Cholera in India, 1862 to 1881
Year: 1862
Disease focus: Cholera
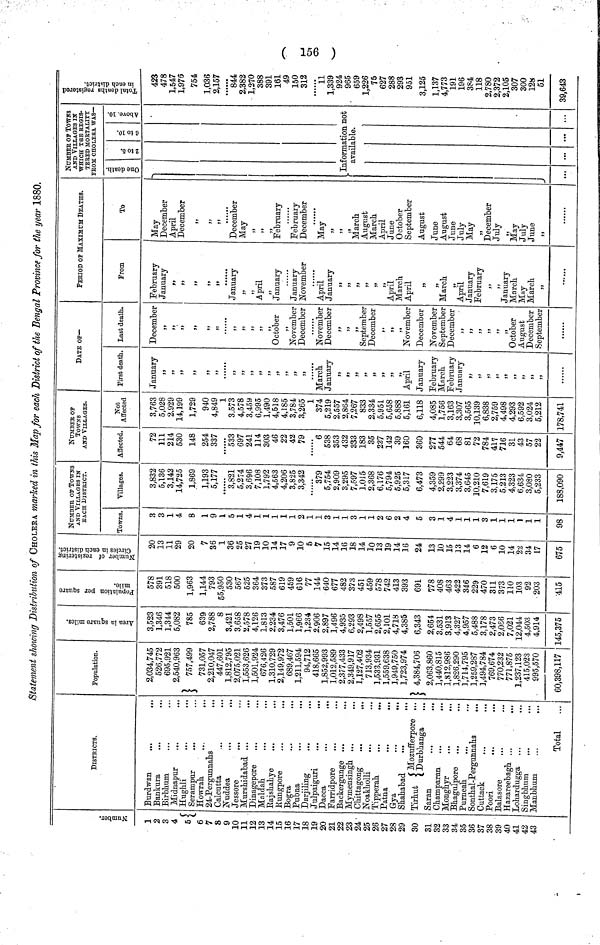
( 156 )
Statement showing Distribution of CHOLERA marked in this Map for each District of the Bengal Province for the year 1880.
Number.
1
2
3
4
5
6
7
8
9
10
11
12
13
14
15
16
17
18
19
20
21
22
23
24
25
26
27
28
29
30
31
32
33
34
35
36
37
38
39
40
41
42
43
DISTRICTS.
Burdwan
...
...
Bankura
Birbhum
Midnapur
Hughli
Serampur
Howrah
24-Pergunnahs
Calcutta
Nuddea
Jessore
...
Murshidabad ...
Dinagepore
Maldah
Rajshahye
Rungpore
Bogra
Pubna
Darjiling
Julpaiguri
...
Dacca
Farridpore
Backergunge ...
Mymensingh ...
Chittagong
Noakholli
Tipperah
...
Patna
...
Gya
Shahabad
Tirhut {Mozufferpore
Durbhanga
Saran
Cliamparan
...
Monghyr
...
Bhagulpore
Purneah
Sonthal-Pergunnahs
Cuttack
Poori
...
Balasore
Hazareebagh ...
Lohardugga
Singbhum
Manbhum
Total
Population.
2,034,745
526,772
695,921
2,540,963
757,499
731,057
2,210,047
447,601
1,812,795
2,075.021
1,553,626
1,501,924
676,426
1,310,729
2,149,972
689,467
1,211,594
94,712
418,665
1,852,993
1,012,589
2,377,433
2,349,917
1,127,402
713,934
1,533,931
1,559,638
1,949,750
1,723,974
} 4,384,706
2,063,860
1,440,815
1,812,986
1,826,290
1,714,795
1,259,287
1,494,784
769,674
770,232
771,875
1,237,123
415,023
995,570
60,398,117
Area in
square miles.
3,523
1,346
1,344
5,082
785
639
2,788
8
3,421
3,658
2,578
4,126
1,813
2,234
3,476
1,501
1,966
1,234
2.906
2,897
1,496
4,935
6,293
2,498
1,557
2,655
2,101
4,718
4,385
6,343
2,654
3,531
3,913
4,327
4,957
5,488
3,178
2,473
2,066
7,021
12,044
4,503
4,914
145,375
Population per square
miles.
578
391
518
500
1,963
1,144
793
55,950
530
567
525
364
373
587
619
459
616
77
144
640
677
482
373
451
459
578
742
413
393
691
778
408
463
422
346
229
470
311
373
110
103
92
203
415
Number of
registering Circles in each
district.
20
13
11
29
20
7
36
1
36
25
27
19
10
14
17
9
10
5
7
15
14
16
18
14
10
13
19
14
16
24
13
10
15
13
14
6
12
6
10
14
22
34
17
675
NUMBER OF TOWNS
AND VILLAGES IN
EACH DISTRICT.
Towns.
3
3
1
4
8
1
9
1
5
1
4
1
1
1
1
1
2
1
1
3
1
1
3
1
1
2
6
2
4
5
3
1
4
1
1
1
3
1
1
1
1
1
1
98
Tillages.
3,832
5,136
3,142
14,725
1,869
1,193
5,177
3,821
5,274
3,696
7,108
1,792
4,563
4,206
3,825
3,342
379
5,754
2,909
3,295
7,597
1,015
2,368
6,176
5,794
5,925
5,317
6,473
4,359
2,299
3,223
3,374
3,645
10,210
7,619
3,175
5.213
4,323
6,634
3,080
5,233
188,090
NUMBER OF
TOWNS
AND VILLAGES.
Affected.
72
111
214
530
148
254
337
"533
697
241
114
303
46
22
42
79
6
538
353
432
333
183
35
227
142
39
160
360
277
544
64
68
81
72
784
417
716
31
43
57
22
9,447
Not
Affected
3,763
5,028
2,929
14,199
1,729
940
4,849
1
3.573
4,578
3,459
6,995
1,490
4,518
4,185
3,784
3,265
1
374
5,219
2,557
2,864
7,267
833
2,334
5,951
5,658
5,888
5,161
6,118
4,085
1,756
3,163
3,307
3,565
10,139
6,838
2,759
4,498
4,293
6,592
3,024
5,212
178,741
DATE OF—
First death.
January
,,
,,
,,
,,
,,
,,
.
!)
,,
,,
,,
,,
,,
,,
,,
,,
March
January
,,
,,
,,
,,
,,
,,
,,,
,,
April
January
February
March
February
January
,,
,,
,,
,,
,,
,,
,,
>
»
Last death.
December
,,
,,
,,
,,
,,
,,
,,
,,
,,
,,
,,
October
,,
November
December
......
November
December
,,
5>
,,
September
December
,,
,,
,,
November
December
November
September
December
,,
,,
,,
,,
,,
,,
October
August
December
September
PERIOD OF MAXIMUM DEATHS.
From
February
January
,,
99
,,
,,
,,
January
,,
5)
April
,5
January
January
November
April
January
,,
,,
,,
,,
,,
,,
April
March
April
,,
,,
March
,,
April
January
February
,,
,,
January
March
May
March
,,
To
May
December
April
December
,,
,,
,,
December
May
,,
,,
February
February
December
May
,,
,,
,,
March
August
March
April
June
October
September
August
June
August
June
July
May
,,
December
July
,,
May
July
June
,,
NUMBER OF TOWNS
AND VILLAGES IN
WHICH THE REGIS-
TERED MORTALITY
FROM CHOLERA WAS—
One death.
2 to
5.
6 to
10.
Above.
10.
Information not
available.
Total deaths
registered in each
district.
423
478
1,547
1,976
754
1,036
2,157
844
2,382
1,270
388
391
161
49
'
150
312
11
1,339
924
965
659
1,226
75
627
288
293
951
3,125
1,137
4,773
191
196
384
118
2,780
2,372
2,105
307
300
128
51
39,643